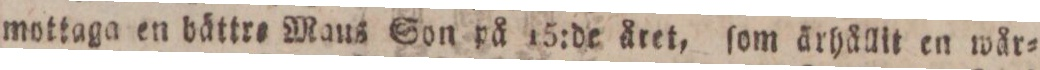
mottaga en bättre Maus Son på 15:de året, ſom ärhållit en wår=